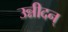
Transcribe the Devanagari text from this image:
उन्नीदन्